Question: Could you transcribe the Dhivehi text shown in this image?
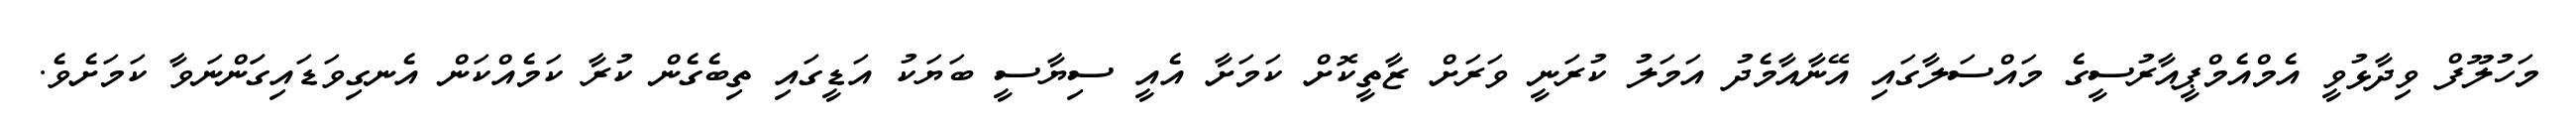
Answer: މަހުލޫފް ވިދާޅުވީ އެމްއެމްޕީއާރުސީގެ މައްސަލާގައި އޭނާއާމެދު އަމަލު ކުރަނީ ވަރަށް ޒާތީކޮށް ކަމަށާ އެއީ ސިޔާސީ ބަޔަކު އަޑީގައި ތިބެގެން ކުރާ ކަމެއްކަން އެނގިވަޑައިގަަންނަވާ ކަމަށެވެ.